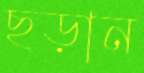
ছড়ান